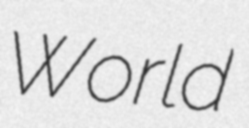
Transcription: World